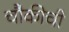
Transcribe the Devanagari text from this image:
चौकीची